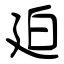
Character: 廹